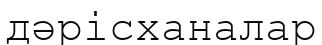
дәрісханалар